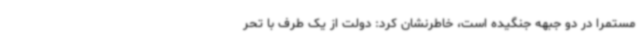
مستمرا در دو جبهه جنگیده است، خاطرنشان کرد: دولت از یک طرف با تحر